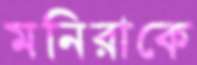
মনিরাকে